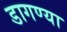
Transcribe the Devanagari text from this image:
डागण्या